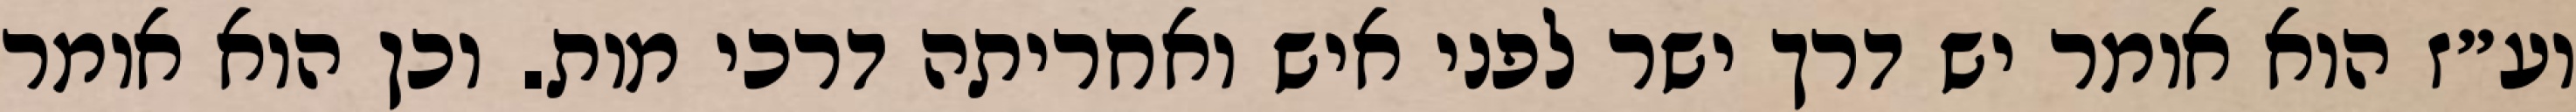
וע״ז הוא אומר יש דרך ישר לפני איש ואחריתה דרכי מות. וכן הוא אומר